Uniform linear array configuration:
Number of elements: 4
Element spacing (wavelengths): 0.5
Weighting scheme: hamming
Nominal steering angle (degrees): -15
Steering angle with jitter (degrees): -15.268
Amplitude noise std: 0.05
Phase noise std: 0.05

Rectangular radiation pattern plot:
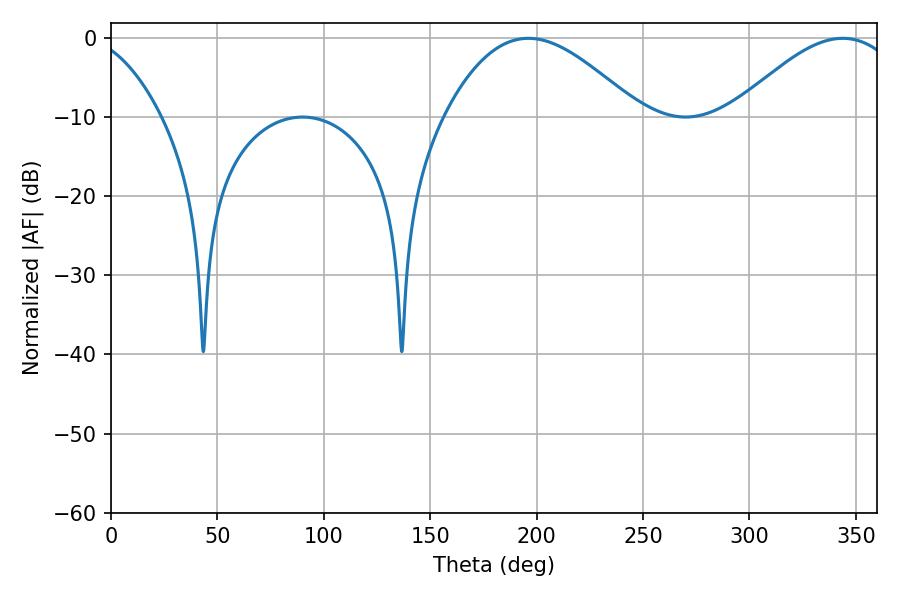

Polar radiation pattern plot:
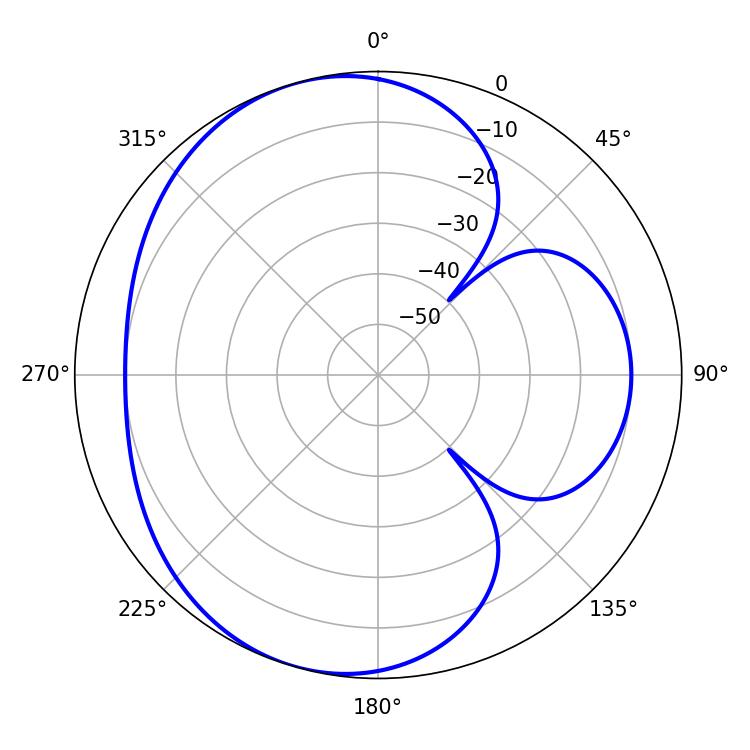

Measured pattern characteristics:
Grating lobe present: FALSE
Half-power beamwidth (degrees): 49.32
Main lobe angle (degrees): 196.2